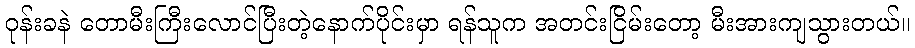
ဝုန်းခနဲ တောမီးကြီးလောင်ပြီးတဲ့နောက်ပိုင်းမှာ ရန်သူက အတင်းငြိမ်းတော့ မီးအားကျသွားတယ်။